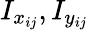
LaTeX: I_{x_{ij}},I_{y_{ij}}